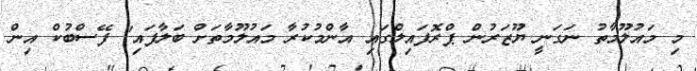
މި މައުލޫމާތު ނަގަނީ ޔޫޒަރުން ޕްރޮފައިލްގައި އާންމުކުރާ މައުލޫމާތަށް ބަލާފައި" ފޭސްބުކް އިން